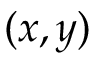
( x , y )